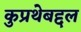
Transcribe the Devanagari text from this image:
कुप्रथेबद्दल